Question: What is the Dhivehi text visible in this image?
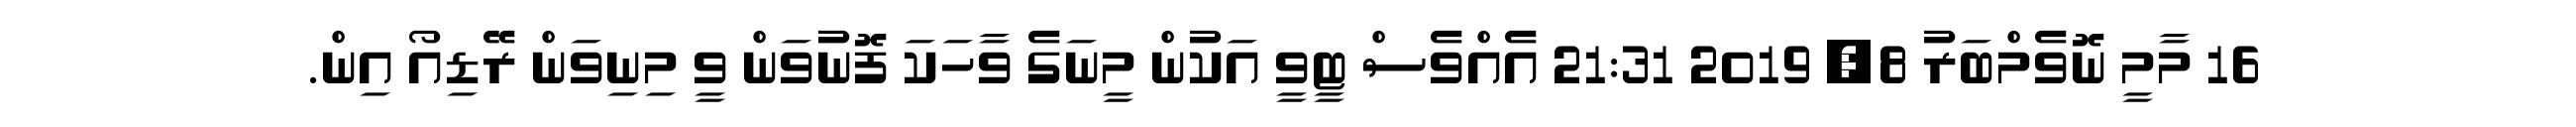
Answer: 16 މާމީ ނޮވެމްބަރު 8, 2019 21:31 އެއްވެސް ޓީވީ އަކުން މީނަގެ ވާހަކަ ފޮނުވަން ވީ މިނިވަން ރޭޑިއޯ އިން.